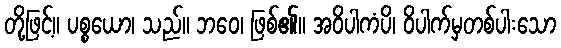
တို့ဖြင့်။ ပစ္စယော၊ သည်။ ဘဝေ၊ ဖြစ်၏။ အဝိပါကံပိ၊ ဝိပါက်မှတစ်ပါးသော